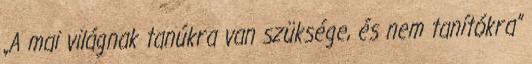
„A mai világnak tanúkra van szüksége, és nem tanítókra”